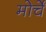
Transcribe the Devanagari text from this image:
मोर्चें